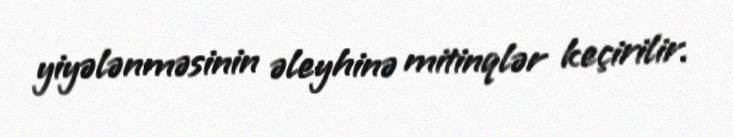
yiyələnməsinin əleyhinə mitinqlər keçirilir.